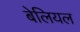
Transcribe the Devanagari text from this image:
बेलियल